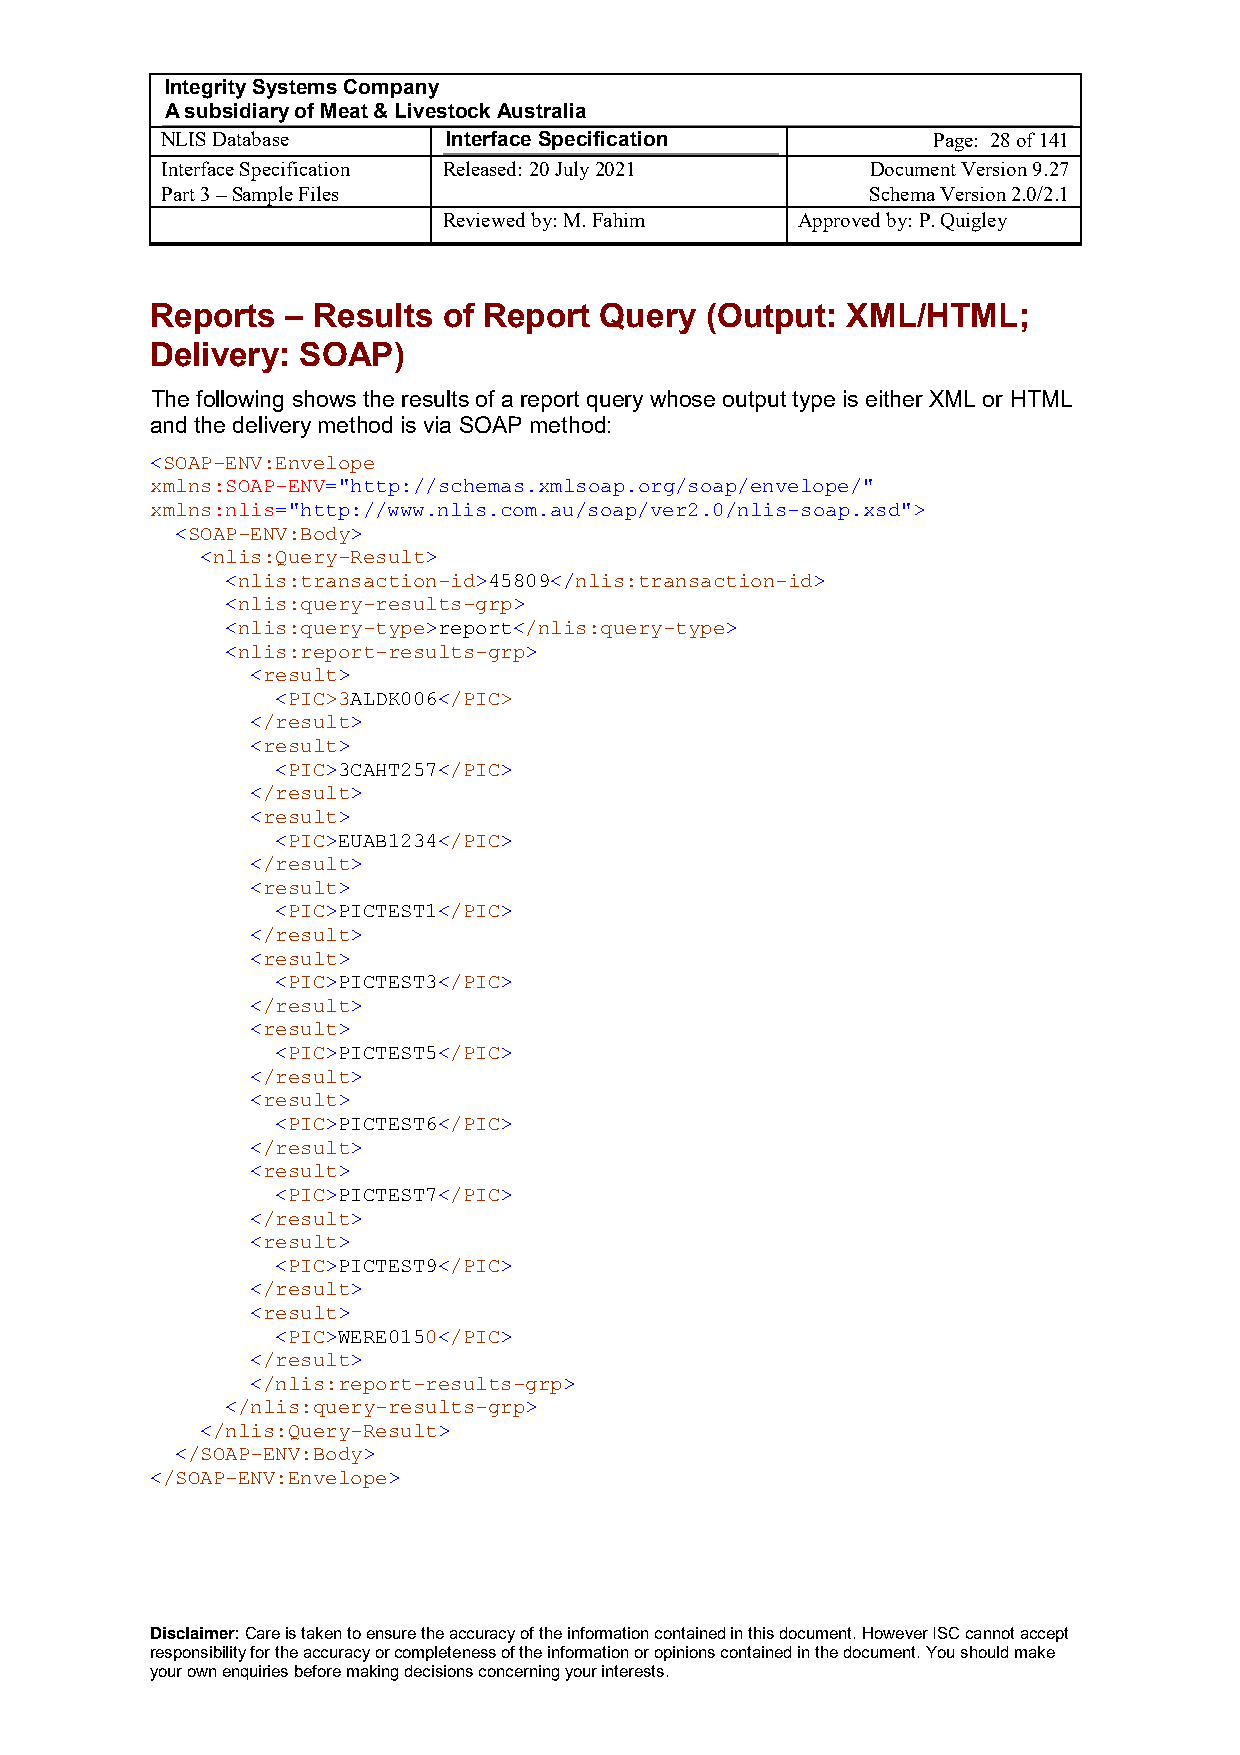
Integrity Systems Company
 A subsidiary of Meat & Livestock Australia
 NLIS Database      Interface Specification         Page: 28 of 141
 Interface Specification Released: 20 July 2021 Document Version 9.27
 Part 3 – Sample Files                          Schema Version 2.0/2.1
 Reviewed by: M. Fahim   Approved by: P. Quigley
 Reports  – Results of Report  Query  (Output: XML/HTML;
 Delivery: SOAP)
 The following shows the results of a report query whose output type is either XML or HTML
 and the delivery method is via SOAP method:
 <SOAP-ENV:Envelope
 xmlns:SOAP-ENV="http://schemas.xmlsoap.org/soap/envelope/"
 xmlns:nlis="http://www.nlis.com.au/soap/ver2.0/nlis-soap.xsd">
 <SOAP-ENV:Body>
 <nlis:Query-Result>
 <nlis:transaction-id>45809</nlis:transaction-id>
 <nlis:query-results-grp>
 <nlis:query-type>report</nlis:query-type>
 <nlis:report-results-grp>
 <result>
 <PIC>3ALDK006</PIC>
 </result>
 <result>
 <PIC>3CAHT257</PIC>
 </result>
 <result>
 <PIC>EUAB1234</PIC>
 </result>
 <result>
 <PIC>PICTEST1</PIC>
 </result>
 <result>
 <PIC>PICTEST3</PIC>
 </result>
 <result>
 <PIC>PICTEST5</PIC>
 </result>
 <result>
 <PIC>PICTEST6</PIC>
 </result>
 <result>
 <PIC>PICTEST7</PIC>
 </result>
 <result>
 <PIC>PICTEST9</PIC>
 </result>
 <result>
 <PIC>WERE0150</PIC>
 </result>
 </nlis:report-results-grp>
 </nlis:query-results-grp>
 </nlis:Query-Result>
 </SOAP-ENV:Body>
 </SOAP-ENV:Envelope>
 Disclaimer: Care is taken to ensure the accuracy of the information contained in this document. However ISC cannot accept
 responsibility for the accuracy or completeness of the information or opinions contained in the document. You should make
 your own enquiries before making decisions concerning your interests.